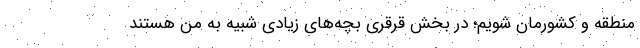
منطقه و کشورمان شویم؛ در بخش قُرقُری بچه‌های زیادی شبیه به من هستند